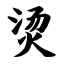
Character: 烫